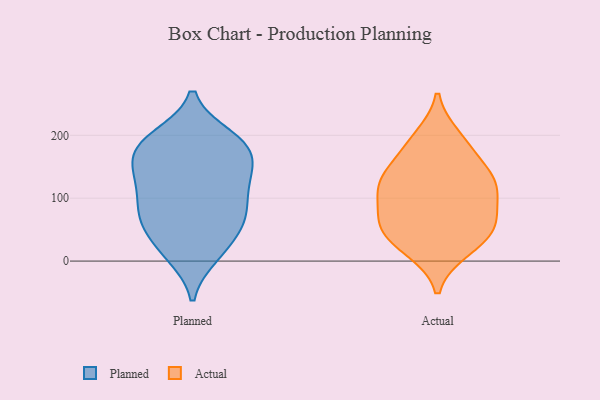
{"axis": {"x": "Website Visitors", "y": "Value"}, "legend": ["Actual", "Planned"], "data": [{"x": "", "y": 64, "type": "Planned"}, {"x": "", "y": 64, "type": "Planned"}, {"x": "", "y": 10, "type": "Planned"}, {"x": "", "y": 190, "type": "Planned"}, {"x": "", "y": 140, "type": "Planned"}, {"x": "", "y": 73, "type": "Planned"}, {"x": "", "y": 174, "type": "Planned"}, {"x": "", "y": 118, "type": "Planned"}, {"x": "", "y": 197, "type": "Planned"}, {"x": "", "y": 99, "type": "Planned"}, {"x": "", "y": 62, "type": "Planned"}, {"x": "", "y": 126, "type": "Planned"}, {"x": "", "y": 17, "type": "Planned"}, {"x": "", "y": 150, "type": "Planned"}, {"x": "", "y": 20, "type": "Planned"}, {"x": "", "y": 77, "type": "Planned"}, {"x": "", "y": 187, "type": "Planned"}, {"x": "", "y": 190, "type": "Planned"}, {"x": "", "y": 175, "type": "Planned"}, {"x": "", "y": 137, "type": "Planned"}, {"x": "", "y": 116, "type": "Actual"}, {"x": "", "y": 182, "type": "Actual"}, {"x": "", "y": 124, "type": "Actual"}, {"x": "", "y": 18, "type": "Actual"}, {"x": "", "y": 60, "type": "Actual"}, {"x": "", "y": 27, "type": "Actual"}, {"x": "", "y": 119, "type": "Actual"}, {"x": "", "y": 122, "type": "Actual"}, {"x": "", "y": 59, "type": "Actual"}, {"x": "", "y": 197, "type": "Actual"}, {"x": "", "y": 151, "type": "Actual"}, {"x": "", "y": 52, "type": "Actual"}, {"x": "", "y": 75, "type": "Actual"}]}